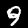
Digit: 9